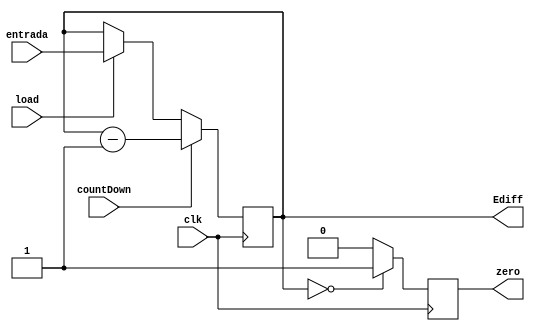
module downCounter(entrada, load, countDown, clk, zero, Ediff); //Cuenta hacia abajo.

// Entradas
input[7:0] entrada; 
input load, countDown, clk; // Bit de carga, 

// Salidas
output reg zero; // Se pone a 1 cuando el contador llega a zero.

// Registros
output reg [7:0] Ediff; // Es la salida en cada momento

// Cdigo

  always @(posedge clk) begin
    
    
    Ediff <= (load == 1'b1) ? entrada : Ediff; // Sino poner : Ediff, para que se meta otra vez.
    
    if (countDown) begin
       Ediff <= Ediff - 1;
    end

    zero <= (Ediff == 8'b00000000) ? 1'b1 : 1'b0;
    
  end 
   
endmodule